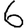
Digit: 6